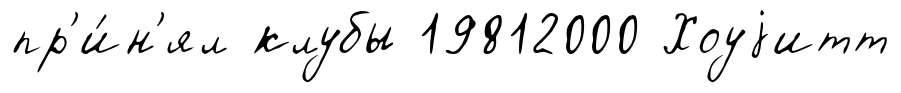
пр'и́н'ял клубы 19812000 Хоуjитт